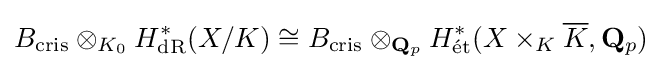
B_{\mathrm {cris} }\otimes _{K_{0}}H_{\mathrm {dR} }^{\ast }(X/K)\cong B_{\mathrm {cris} }\otimes _{\mathbf {Q} _{p}}H_{\mathrm {{\acute {e}}t} }^{\ast }(X\times _{K}{\overline {K}},\mathbf {Q} _{p})